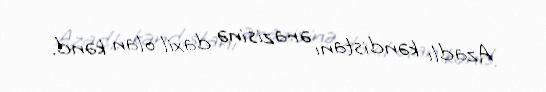
Azadlı kəndistanı ərazisinə daxil olan kənd.